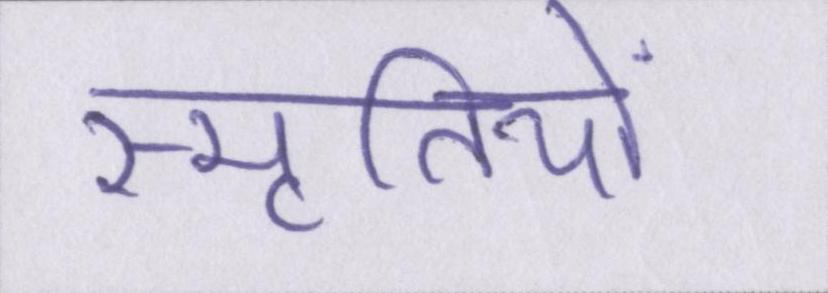
स्मृतियों